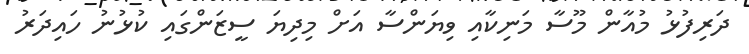
ދަރިފުޅު މުއާން މޫސާ މަނިކާއި ވިޔަންސާ އަށް މިދިޔަ ސީޒަންގައި ކުޅުނު ހައިދަރު